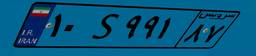
۹۸S۳۴۷۰۵